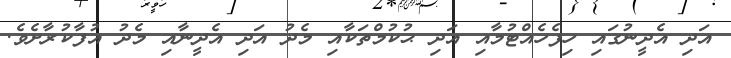
އަދި އެދީނުގައި ހިފެހެއްޓުމާއި އަދި ޙުކުމްތަކާއި މެދު އަދި އެދީނާއި މެދު އުފާކުރާށެވެ.